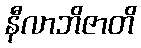
နီလာဘိဇာတိ